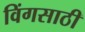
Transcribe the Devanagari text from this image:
विंगसाठी